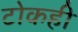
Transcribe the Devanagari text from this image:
टोकही